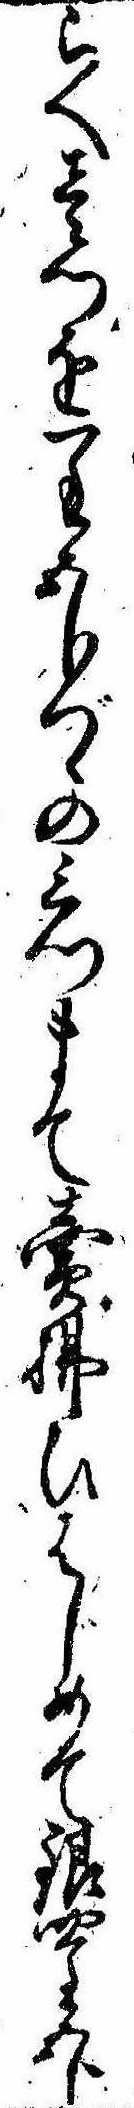
らへ壱つを一匁五分づゝの三つまて売払ひはじめて銀四匁五分